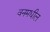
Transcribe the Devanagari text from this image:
वनमधील